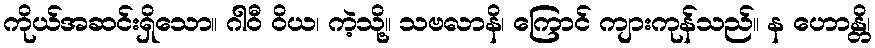
ကိုယ်အဆင်းရှိသော။ ဂါဝီ ဝိယ၊ ကဲ့သို့။ သဗလာနိ၊ ကြောင် ကျားကုန်သည်။ န ဟောန္တိ၊